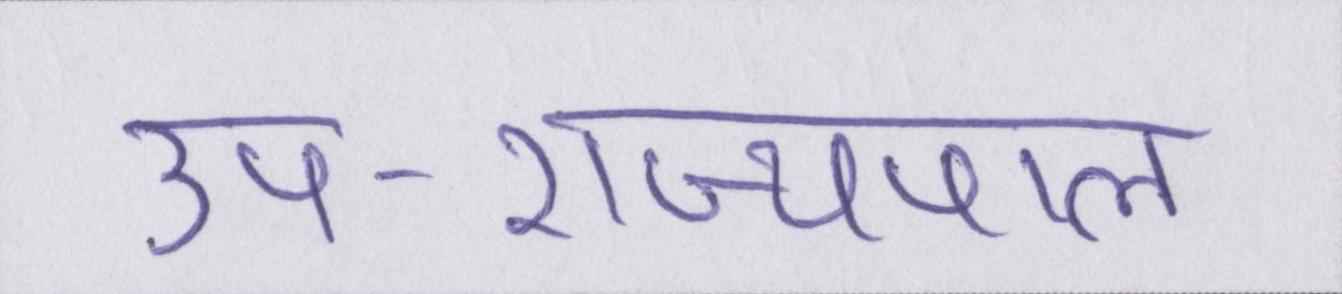
उप-राज्यपाल